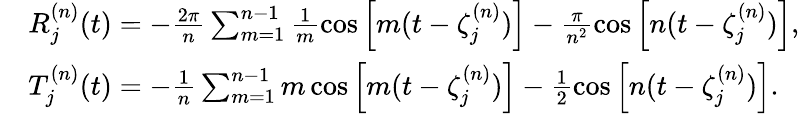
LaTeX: \begin{array}{rl}&{R_{j}^{(n)}(t)=-\frac{2\pi}{n}\sum_{m=1}^{n-1}\frac{1}{m}\cos\Big[m(t-\zeta_{j}^{(n)})\Big]-\frac{\pi}{n^{2}}\cos\Big[n(t-\zeta_{j}^{(n)})\Big],}\\ &{T_{j}^{(n)}(t)=-\frac{1}{n}\sum_{m=1}^{n-1}m\cos\Big[m(t-\zeta_{j}^{(n)})\Big]-\frac{1}{2}\cos\Big[n(t-\zeta_{j}^{(n)})\Big].}\end{array}